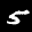
Label: 5